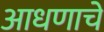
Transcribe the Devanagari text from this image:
आधणाचे